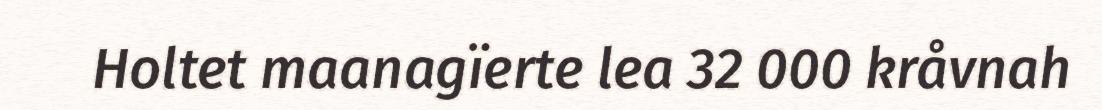
Holtet maanagïerte lea 32 000 kråvnah